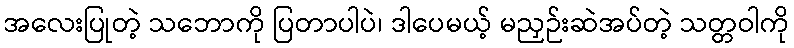
အလေးပြုတဲ့ သဘောကို ပြတာပါပဲ၊ ဒါပေမယ့် မညှဉ်းဆဲအပ်တဲ့ သတ္တဝါကို